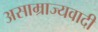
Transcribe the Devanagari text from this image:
असाम्राज्यवादी